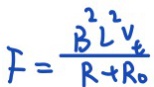
F = \frac { B ^ { 2 } L ^ { 2 } v _ { t } } { R + R _ { 0 } }